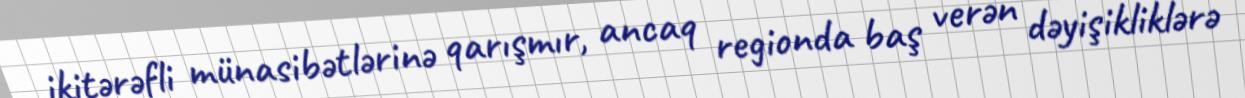
ikitərəfli münasibətlərinə qarışmır, ancaq regionda baş verən dəyişikliklərə